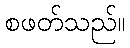
စဖတ်သည်။